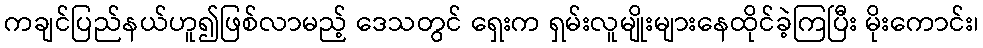
ကချင်ပြည်နယ်ဟူ၍ဖြစ်လာမည့် ဒေသတွင် ရှေးက ရှမ်းလူမျိုးများနေထိုင်ခဲ့ကြပြီး မိုးကောင်း၊